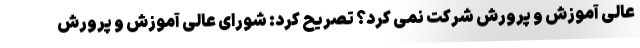
عالی آموزش و پرورش شرکت نمی کرد؟ تصریح کرد: شورای عالی آموزش و پرورش